Tezpur Lunatic Asylum reports 1877-1894 - 1877-1894
Year: 1877
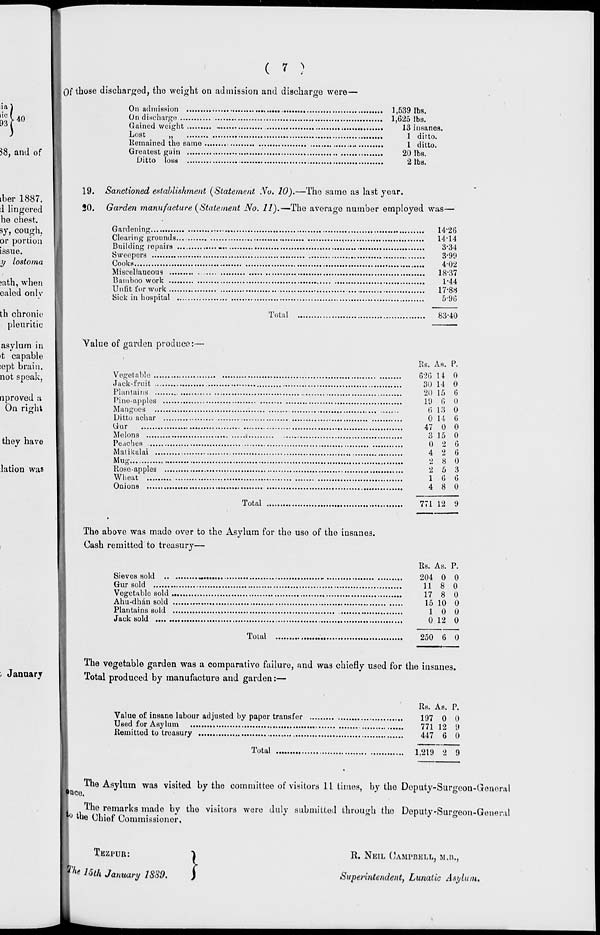
( 7
in
lie
93
40
58, and of
Qf those discharged, the weight on admission and discharge were —
On admission
1,539 lbs.
On discharge.
1,625 lbs.
Gained weight
-
13 insanes.
Lost
„
,
1 ditto.
1 ditto.
20 lbs.
2 lbs.
Remained the same
Greatest gain
Ditto loss
iber 1887.
1 lingered
he chest,
sy, cough,
or portion
issue.
y lostoma
?ath, when
ealed only
th chronic
pleuritic
asylum in
>t capable
:ept brain,
not speak,
nproved a
On right
they have
lation was
19. Sanctioned establishment (Statement :Vt». 10).—Tho same as last year.
20. Garden manufacture (Statement No. 11).—The average number employed was—
Gardening
1426
Clearing grounds
,
14*14
Building repairs
-
3 # 34
3-99
Sweepers
Cooks
Miscellaneous ..
Bamboo work ..
Unlit for work ..
Sick in hospital
Yalue of garden produce:-
Vegetable ..
Jack-fruit ..
Plantains ..
Pine-apples
Mangoes ..
Ditto acbar
Gi inr
Melons
Peaches ....,
Matikalai ..
Mug
,
Rose-apples
Wheat
Onions
Total
4-02
18-37
1-44
17-88
5-96
83-40
Total
Rs. As. P.
626 14 0
30 14 0
20 15 6
19 6 0
6 13 0
0 14 6
47 0 0
3 15 0
0 2 6
4 2 6
2 8 0
2 5 3
1 6 6
4 8 0
771 12 9
The above was made over to the Asylum for the use of the insanes.
Cash remitted to treasury—
Sieves sold
„
Gur sold
Vegetable sold
Ahu-dhan sold
Plantains sold
Jack sold
Total
Rs. As. P.
204 0 0
11 8 0
17 8 0
15 10 0
1 0 0
0 12 0
250 6 0
January
The vegetable garden was a comparative failure, and was chiefly used for the insanes.
Total produced by manufacture and garden:—
Rs. As. P.
Value of insane labour adjusted by paper transfer
197 0 0
Used for Asylum
771 12 9
Remitted to treasury
447 (j Q
Total
1,219 2 9
The Asylum was visited by tho committee of visitors 11 times, by the Deputy-Surgeon-General
The remarks made by the visitors were duly submitted through the Deputv-Suro-eon-General
o IM,:„C n.
• «
.
*
r
J
w
the Chief 0 ommissioner,
XBZPUB:
r/ '« 15th January 1889.
)
R. NEIL CAMPBELL, M.B.,
Superintendent } Lunatic Asylum,